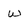
Character: w